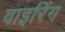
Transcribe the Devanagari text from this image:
वाइरिंग